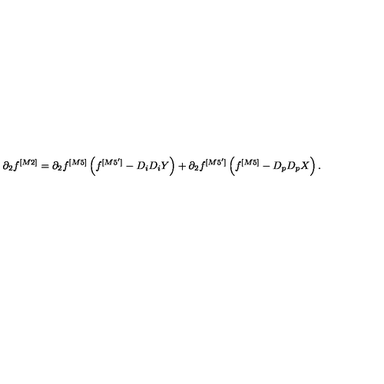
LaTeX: \partial _ { 2 } f ^ { [ M 2 ] } = \partial _ { 2 } f ^ { [ M 5 ] } \left( f ^ { [ M 5 ^ { \prime } ] } - D _ { i } D _ { i } Y \right) + \partial _ { 2 } f ^ { [ M 5 ^ { \prime } ] } \left( f ^ { [ M 5 ] } - D _ { p } D _ { p } X \right) .